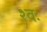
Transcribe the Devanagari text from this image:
श्वः